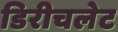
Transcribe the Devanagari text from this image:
डिरीचलेट